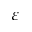
\varepsilon